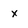
Character: x